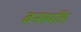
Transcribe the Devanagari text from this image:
वनस्पति।